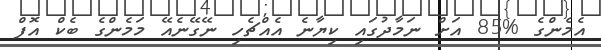
އެމެންގެ %85 އަށް ނަމާދުގައި ކިޔާނެ އެއްޗެހި ނޭގޭނެއޭ މަމެންގެ ބެކް އޮފް